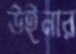
উইনার